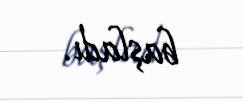
başladı.